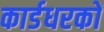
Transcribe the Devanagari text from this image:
कार्डधरकों